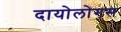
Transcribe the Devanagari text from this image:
दायोलोगस